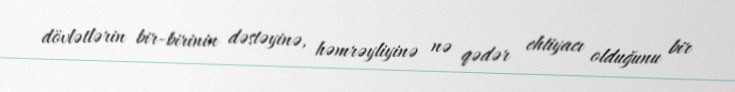
dövlətlərin bir-birinin dəstəyinə, həmrəyliyinə nə qədər ehtiyacı olduğunu bir